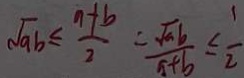
\sqrt { a b } \leq \frac { a + b } { 2 } = \frac { \sqrt { a b } } { a + b } \leq \frac { 1 } { 2 }